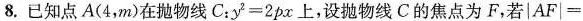
8.已知点A(4，m)在抛物线C：y^{2}=2px上，设抛物线C的焦点为F，若 \left | AF \right | =